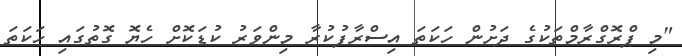
"މި ޕްރޮގްރާމްތަކުގެ ދަށުން ހަކަތަ އިސްރާފުކުރާ މިންވަރު ކުޑަކޮށް ހެޔޮ ގޮތުގައި ހަކަތަ